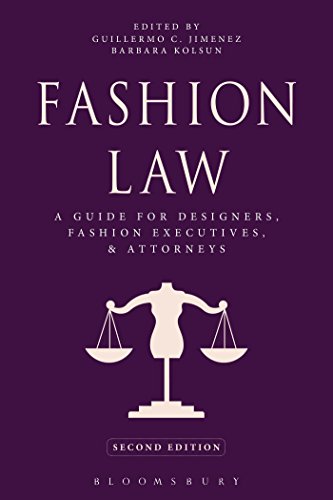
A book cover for Fashion Law: A Guide for Designers, Fashion Executives, and Attorneys; Arts & Photography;